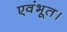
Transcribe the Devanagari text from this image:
एवंभूत।